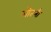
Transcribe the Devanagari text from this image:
गोतनी